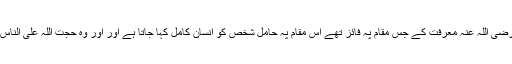
) امام حسین رضی اللہ عنہ معرفت کے جس مقام پہ فائز تھے اس مقام پہ حامل شخص کو انسان کامل کہا جاتا ہے اور اور وہ حجت اللہ علی الناس ہوا کرتا ہے۔